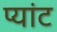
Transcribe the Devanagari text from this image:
प्यांट